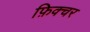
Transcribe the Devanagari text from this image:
फ़िक्चर